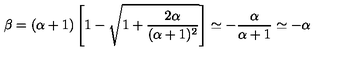
\beta = ( \alpha + 1 ) \left[ 1 - \sqrt { 1 + \frac { 2 \alpha } { ( \alpha + 1 ) ^ { 2 } } } \right] \simeq - \frac { \alpha } { \alpha + 1 } \simeq - \alpha